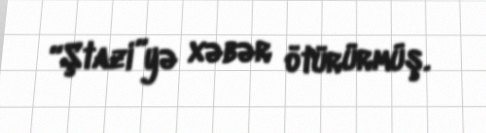
“Ştazi”yə xəbər ötürürmüş.